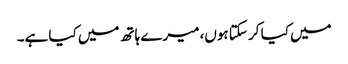
میں کیا کر سکتا ہوں، میرے ہاتھ میں کیا ہے۔